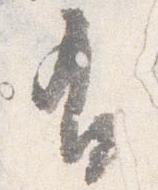
有